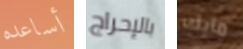
أساعده بالإحراج مايك